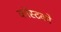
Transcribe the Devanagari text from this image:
कॉस्टको